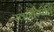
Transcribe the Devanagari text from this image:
स्वर्गोत्पत्ति